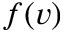
f ( v )